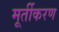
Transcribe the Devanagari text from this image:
मूर्तीकरण